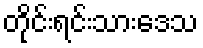
တိုင်းရင်းသားဒေသ